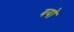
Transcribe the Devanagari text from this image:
बयो